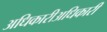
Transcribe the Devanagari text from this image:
अधिकारीअधिकारी